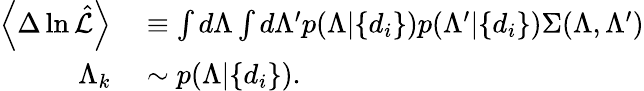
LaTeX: \begin{array}{rl}{\left\langle\Delta\ln\hat{\cal L}\right\rangle}&{{}\equiv\int d\Lambda\int d\Lambda^{\prime}p(\Lambda|\{ d_{i}\} )p(\Lambda^{\prime}|\{ d_{i}\} )\Sigma(\Lambda,\Lambda^{\prime})}\\ {\Lambda_{k}}&{{}\sim p(\Lambda|\{ d_{i}\} ).}\end{array}